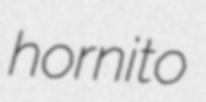
hornito